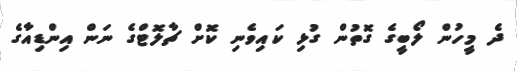
ދެ މީހުން ލޯބީގެ ގޮތުން ގުޅި ކައިވެނި ކޮށް ޗާލޮޓްގެ ނަން އިންޑިއާގެ